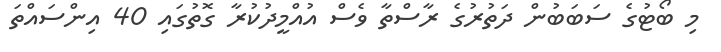
މި ބޯޓުގެ ސަބަބުން ދަތުރުގެ ރާސްތާ ވެސް އުއްމީދުކުރާ ގޮތުގައި 40 އިންސައްތަ